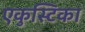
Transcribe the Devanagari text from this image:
एकुस्टिका